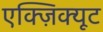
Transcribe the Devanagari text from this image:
एक्ज़िक्यूट